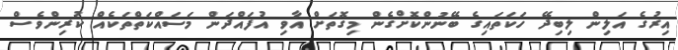
އިރުގެ އަލިން ލިބިދޭ ހަކަތައިގެ ބޭނުންކޮށްގެން މިގޮތަށް އާވި އުފައްދަން މަސައްކަތްތަކެއް ކުރިންވެސް